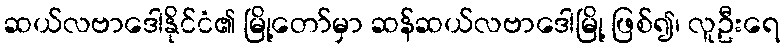
ဆယ်လဗာဒေါနိုင်ငံ၏ မြို့တော်မှာ ဆန်ဆယ်လဗာဒေါမြို့ ဖြစ်၍၊ လူဦးရေ